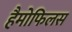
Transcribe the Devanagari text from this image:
हैमोफिलस